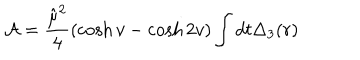
LaTeX: { \cal A } = \frac { \hat { \mu } ^ { 2 } } { 4 } \left( \cosh v - \cosh 2 v \right) \int d t \Delta _ { 3 } ( r )